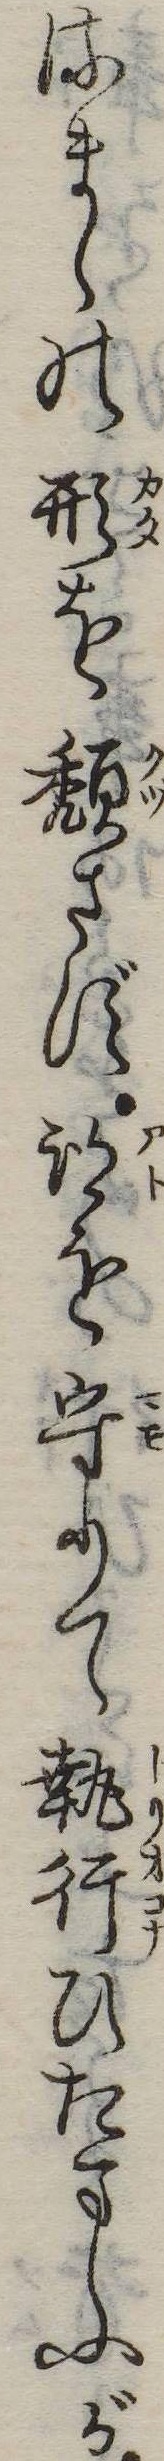
るまゝの形を頽さず跡を守りて執行ひたまふが